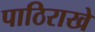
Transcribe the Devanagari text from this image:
पाठिराखे